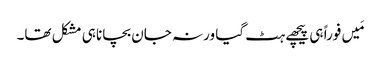
مَیں فوراً ہی پیچھے ہٹ گیا ورنہ جان بچانا ہی مشکل تھا۔